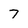
Character: 7